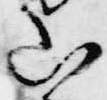
山